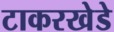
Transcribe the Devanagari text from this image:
टाकरखेडे